Leaving Certificate Examination (including Day School Certificate (Higher) General paper), 1937
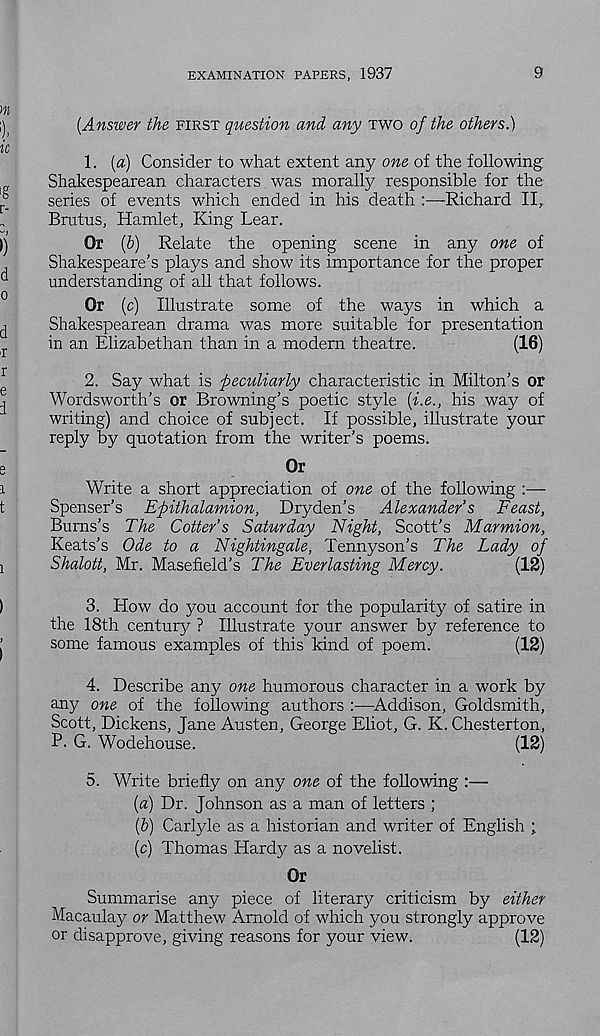
EXAMINATION PAPERS, 1937
9
[Answer the FIRST question and any TWO of the others.)
1. [a] Consider to what extent any one of the following
Shakespearean characters was morally responsible for the
series of events which ended in his death :—Richard II,
Brutus, Hamlet, King Lear.
Or (6) Relate the opening scene in any one of
Shakespeare’s plays and show its importance for the proper
understanding of all that follows.
Or (c) Illustrate some of the ways in which a
Shakespearean drama was more suitable for presentation
in an Elizabethan than in a modern theatre.
(16)
2. Say what is peculiarly characteristic in Milton’s or
Wordsworth’s or Browning’s poetic style [i.e., his way of
writing) and choice of subject. If possible, illustrate your
reply by quotation from the writer’s poems.
Or
Write a short appreciation of one of the following
Spenser’s Epithalamion, Dry den’s Alexander’s Feast,
Burns’s The Cotter’s Saturday Night, Scott’s Marmion,
Keats’s Ode to a Nightingale, Tennyson’s The Lady of
Shalott, Mr. Masefield’s The Everlasting Mercy.
(12)
3. How do you account for the popularity of satire in
the 18th century ? Illustrate your answer by reference to
some famous examples of this kind of poem.
(12)
4. Describe any one humorous character in a work by
any one of the following authors :—Addison, Goldsmith,
Scott, Dickens, Jane Austen, George Eliot, G. K. Chesterton,
P. G. Wodehouse.
(12)
5. Write briefly on any one of the following :—
[a) Dr. Johnson as a man of letters ;
[b) Carlyle as a historian and writer of English ;
[c) Thomas Hardy as a novelist.
Or
Summarise any piece of literary criticism by either
Macaulay or Matthew Arnold of which you strongly approve
or disapprove, giving reasons for your view.
(12)